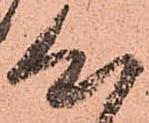
心